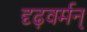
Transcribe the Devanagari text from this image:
दृढ़वर्मन्